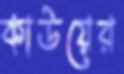
কাউয়ের